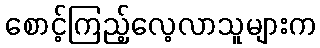
စောင့်ကြည့်လေ့လာသူများက